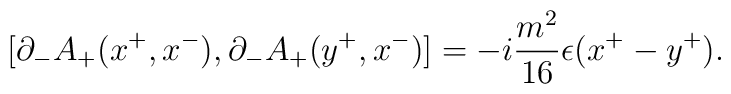
[{\partial}_-A_+(x^+,x^-),{\partial}_-A_+(y^+,x^-)]=-i\frac{m^2}{16}{\epsilon}(x^+-y^+).